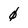
Character: 0